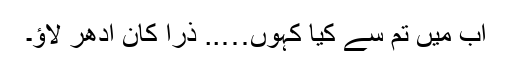
اب میں تم سے کیا کہوں….. ذرا کان ادھر لاؤ۔